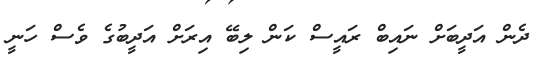
ދެން އަދީބަށް ނައިބް ރައީސް ކަން ލިބޭ އިރަށް އަދީބުގެ ވެސް ހަނީ